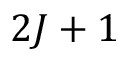
2 J + 1